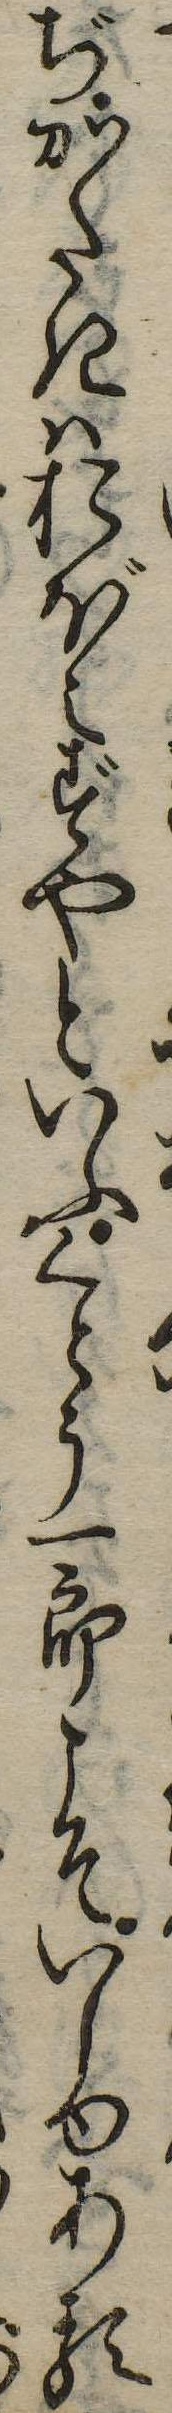
ぢかたきはおぼえずやといふくとう一郎こそいしゆある